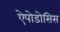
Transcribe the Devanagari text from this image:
ऐपोडोसिस